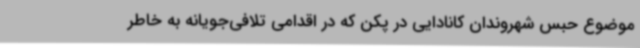
موضوع حبس شهروندان کانادایی در پکن که در اقدامی تلافی‌جویانه به خاطر